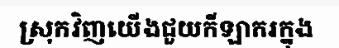
ស្រុកវិញយើងជួយកីឡាករក្នុង